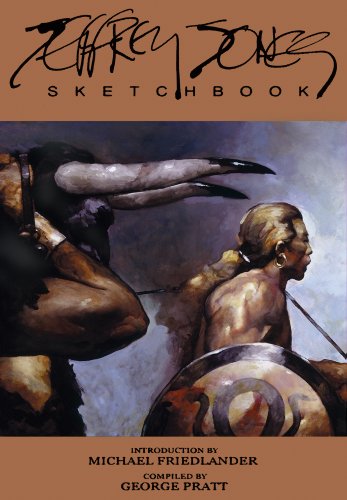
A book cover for Jeffrey Jones Sketchbook HC; George Pratt; Comics & Graphic Novels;